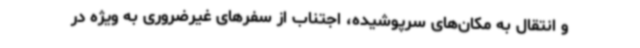
و انتقال به مکان‌های سرپوشیده، اجتناب از سفرهای غیرضروری به ویژه در